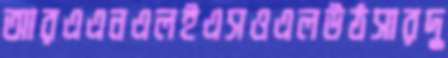
আরএএনএলইএসওএলউঠসারদু